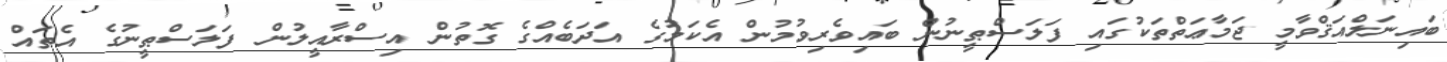
ބައިނަލްއަޤްވާމީ ޖަމާޢަތްތަކުގައި ފަލަސްޠީނުން ބައިވެރިވުމުން އެކަމުގެ އަދަބެއްގެ ގޮތުން އިސްރާއީލުން ފަލަސްޠީނުގެ އެތައް